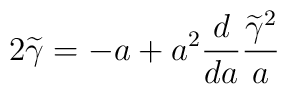
2\widetilde\gamma=-a+a^2{d\over d a}{\widetilde\gamma^2\over a}